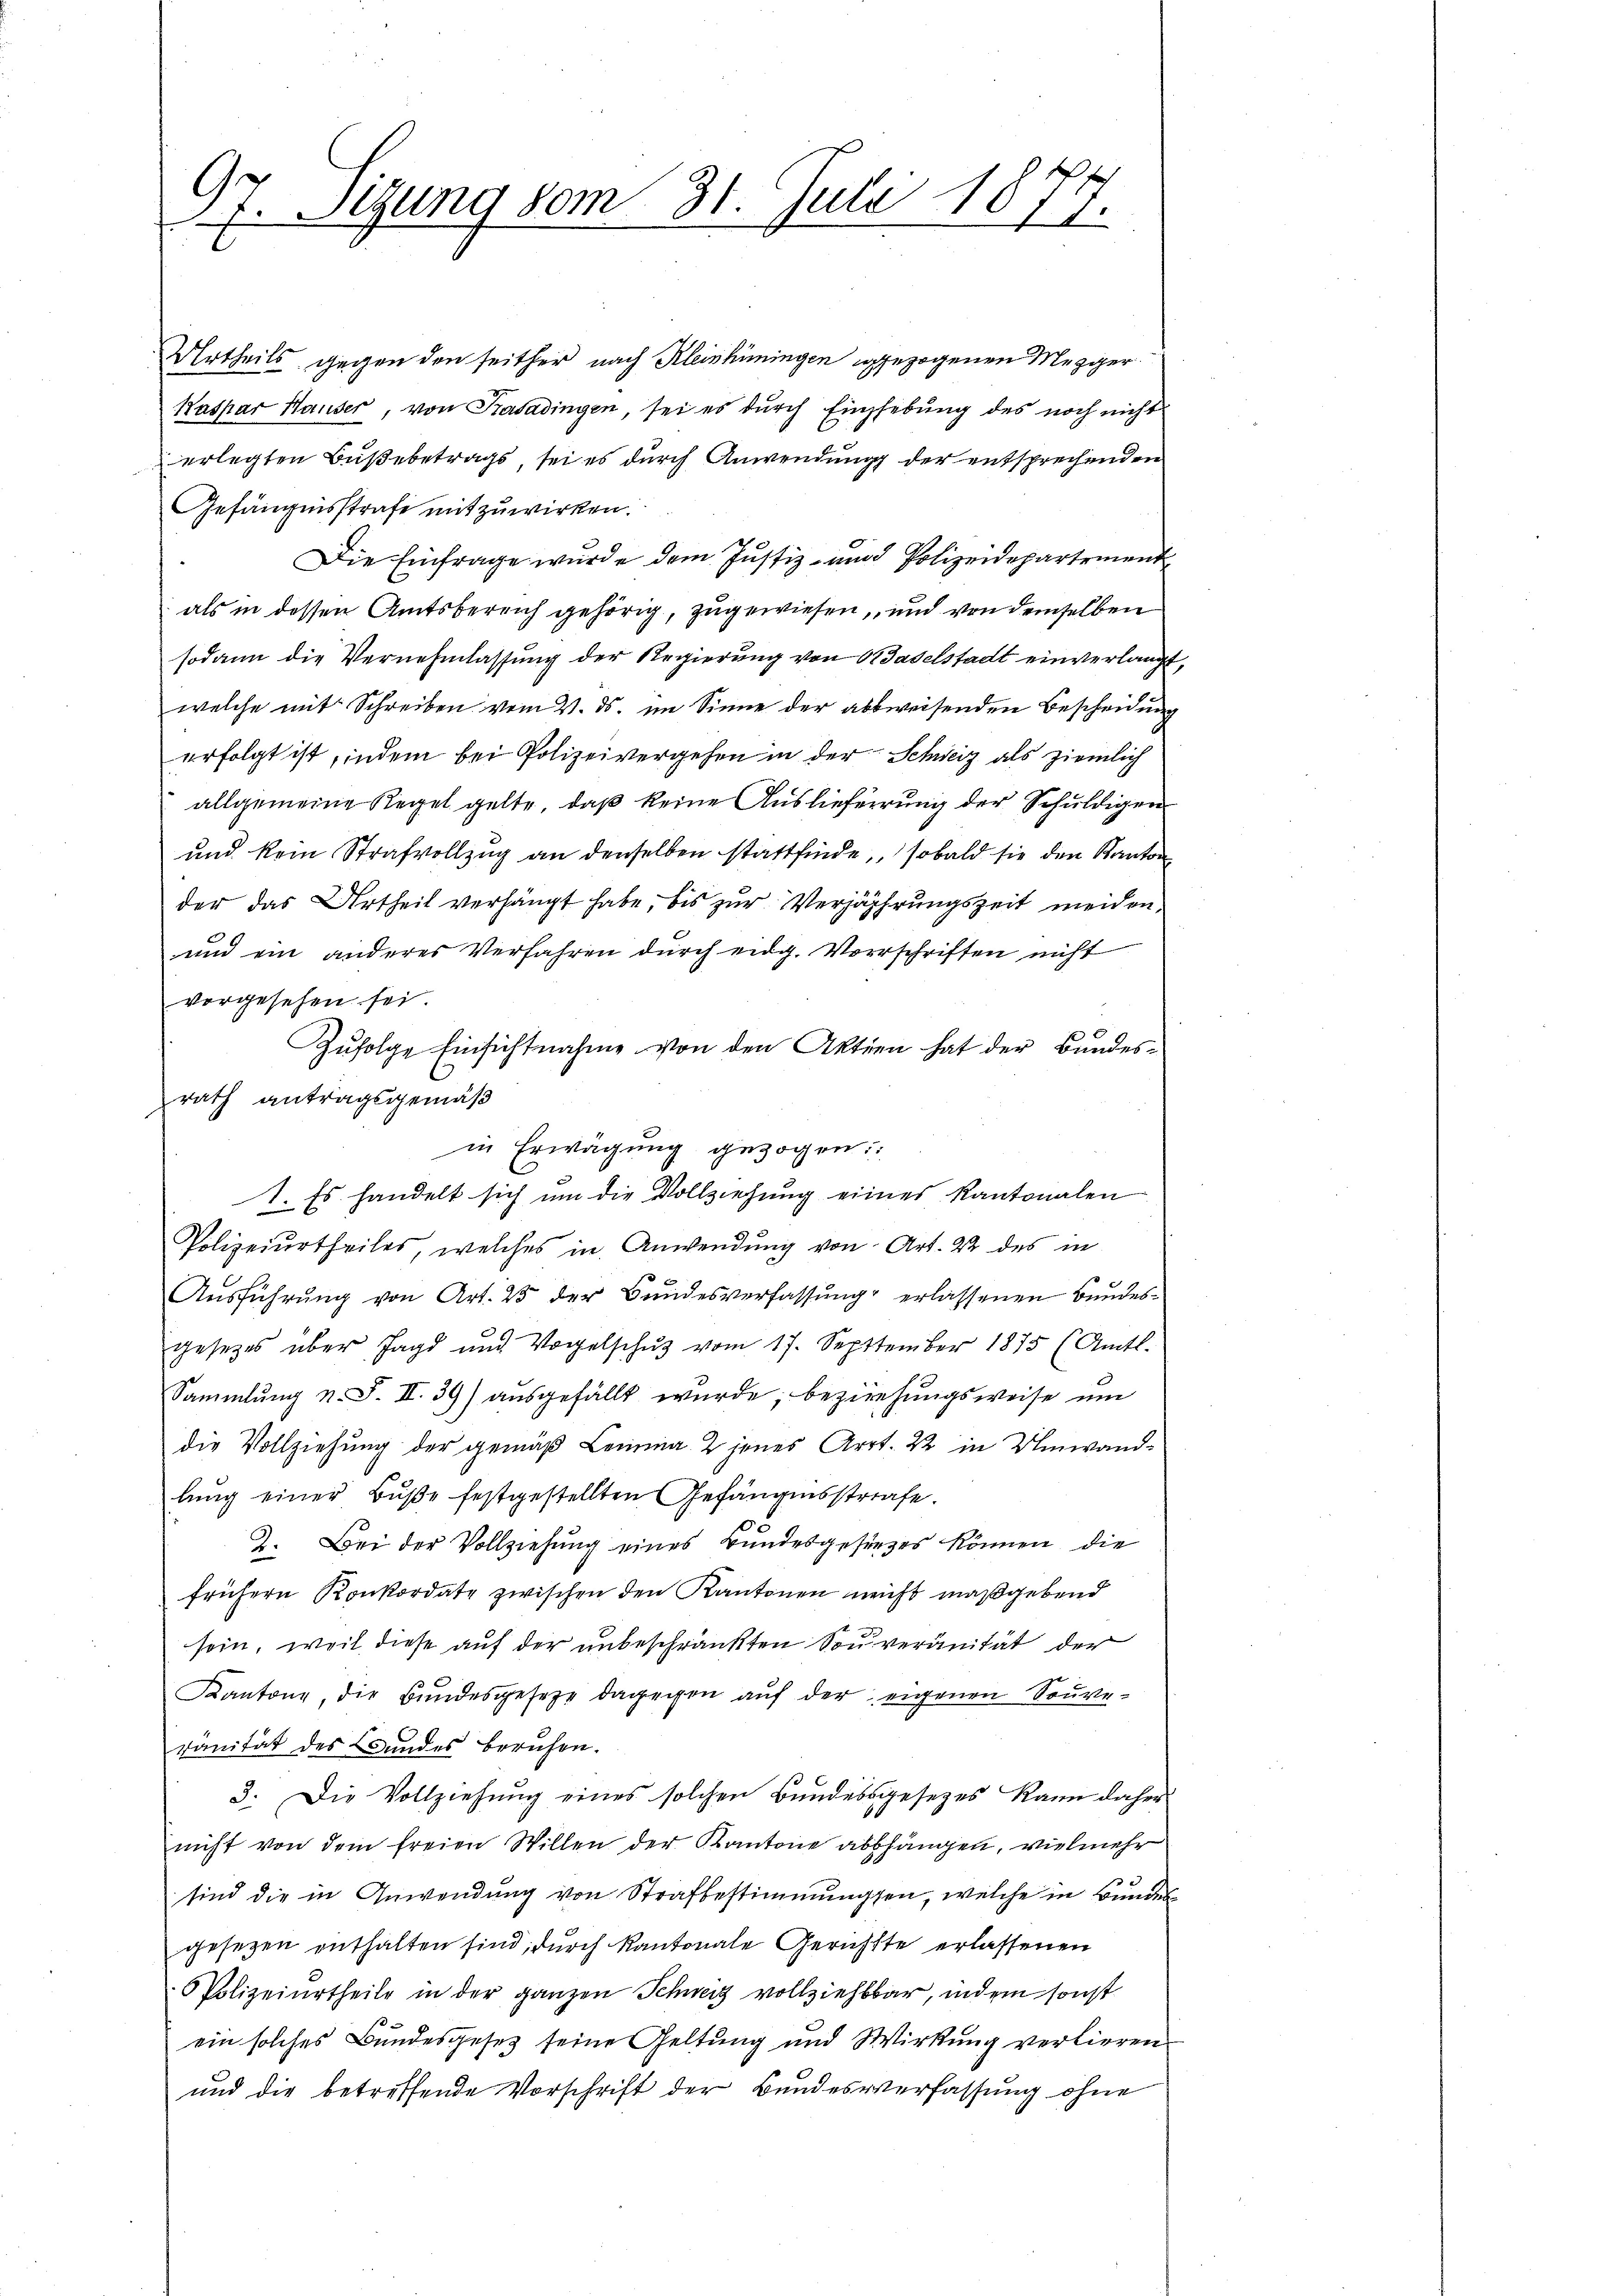
Urtheils gegen den seither nach Kleinhüningen gezogenen Mezgger
Kaspar Hauser, von Krasadingen, sei es dŭrch Emphebŭng des noch nicht
erlegten Bußebetrags, sei es durch Anwendung der entsprechenden
Gefängnisstrafe mitzuwirken.
Die Einfrage wurde dem Justiz- und Polizeidepartement
als in dessen Amtsbereich gehörig, zugewiesen, und von demselben
sodann die Vernehmlassung der Regierung von Baselstadt einverlangt,
welche mit Schreiben vom 4. ds. im Sinne der abbweisenden Bescheidung
erfolgt ist, indem bei Polizeivergehen in der Schweiz als ziemlich
allgemeine Regel gelte, daß keine Auslieferrung der Schuldigen
und kein Strafvollzug an denselben stattfinde, sobald sie den Kanton
der das Urtheil verhängt habe, bis zur Verjährungszeit meiden¬
und ein anderes Verfahren durch eidg. Vorschriften nicht
vorgesehen sei.
Polizeiurtheiles, welches in Anwendung von Art. 22 des in
Ausführung von Art. 25 der Bundesverfassung erlassenen Bundesgesetzes über Jagd und Vorgelschŭtz vom 17. September 1875 (Amts.
Sammlung n. F. II. 39) ausgefällt wurde, beziehungsweise um
die Vollziehung der gemäß Lemma 2 jenes Arrt. 22 in Umwandlung einer Buße festgestellten Gefängnisstrafe.
2. Bei der Vollziehung eines Bundesgesieges können, die
frühern Konkordate zwischen den Kantonen nicht maßgebend
sein, weil diese auf der unbeschränkten Souveranität der
Kantone, die Bundesgesetze dagegen auf der eigenen Souveränität des Bundes beruhen.
3. Die Vollziehung eines solchen Bundessgesetzes kann daher
nicht von dem freien Willen der Kantone abbhängen, vielmehr
sind die in Anwendung von Strafbestimmungen, welche in Bundesgesetzen enthalten sind, durch Kantonale Gerichtte erlassenen
 Polizeiurtheile in der ganzen Schweiz vollziehbbar, indem sonst
ein solches Bundesgesetz seine Geltung und Wirkung verlieren
und die betreffende Vorschrift der Bundesverfassung ohne

97. Segung vom 31. Juli 1877.

Zufolge Einsichtnahme von den Aktien hat der Bundesrath antragsgemäß
in Erwägung gezogen:
1. Es handelt sich um die Vollziehung eines Kantonalen